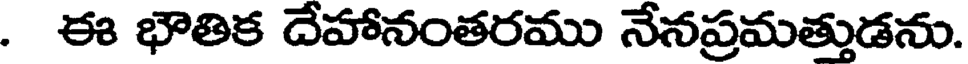
. ఈ భౌతిక దేహానంతరము నేనప్రమత్తుడను.